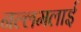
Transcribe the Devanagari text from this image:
नल्लमलाई